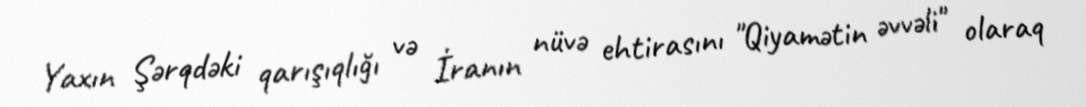
Yaxın Şərqdəki qarışıqlığı və İranın nüvə ehtirasını "Qiyamətin əvvəli" olaraq